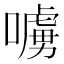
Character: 𠿛